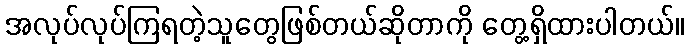
အလုပ်လုပ်ကြရတဲ့သူတွေဖြစ်တယ်ဆိုတာကို တွေ့ရှိထားပါတယ်။